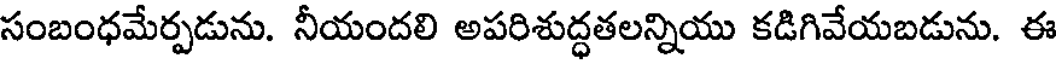
సంబంధమేర్పడును. నీయందలి అపరిశుద్ధతలన్నియు కడిగివేయబడును. ఈ